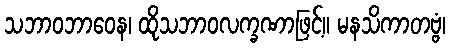
သဘာဝဘာဝေန၊ ထိုသဘာဝလက္ခဏာဖြင့်။ မနသိကာတဗ္ဗံ၊